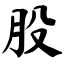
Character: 股